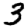
Digit: 3